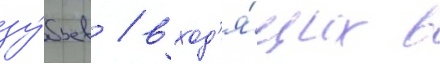
зу́бьев / вход'я́щих в